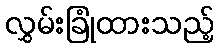
လွှမ်းခြုံထားသည့်